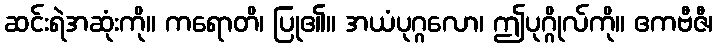
ဆင်းရဲအဆုံးကို။ ကရောတိ၊ ပြု၏။ အယံပုဂ္ဂလော၊ ဤပုဂ္ဂိုလ်ကို။ ဧကဗီဇီ၊